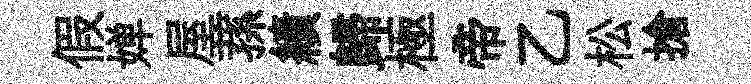
假婵屋蓀績歸極帝乙松搶